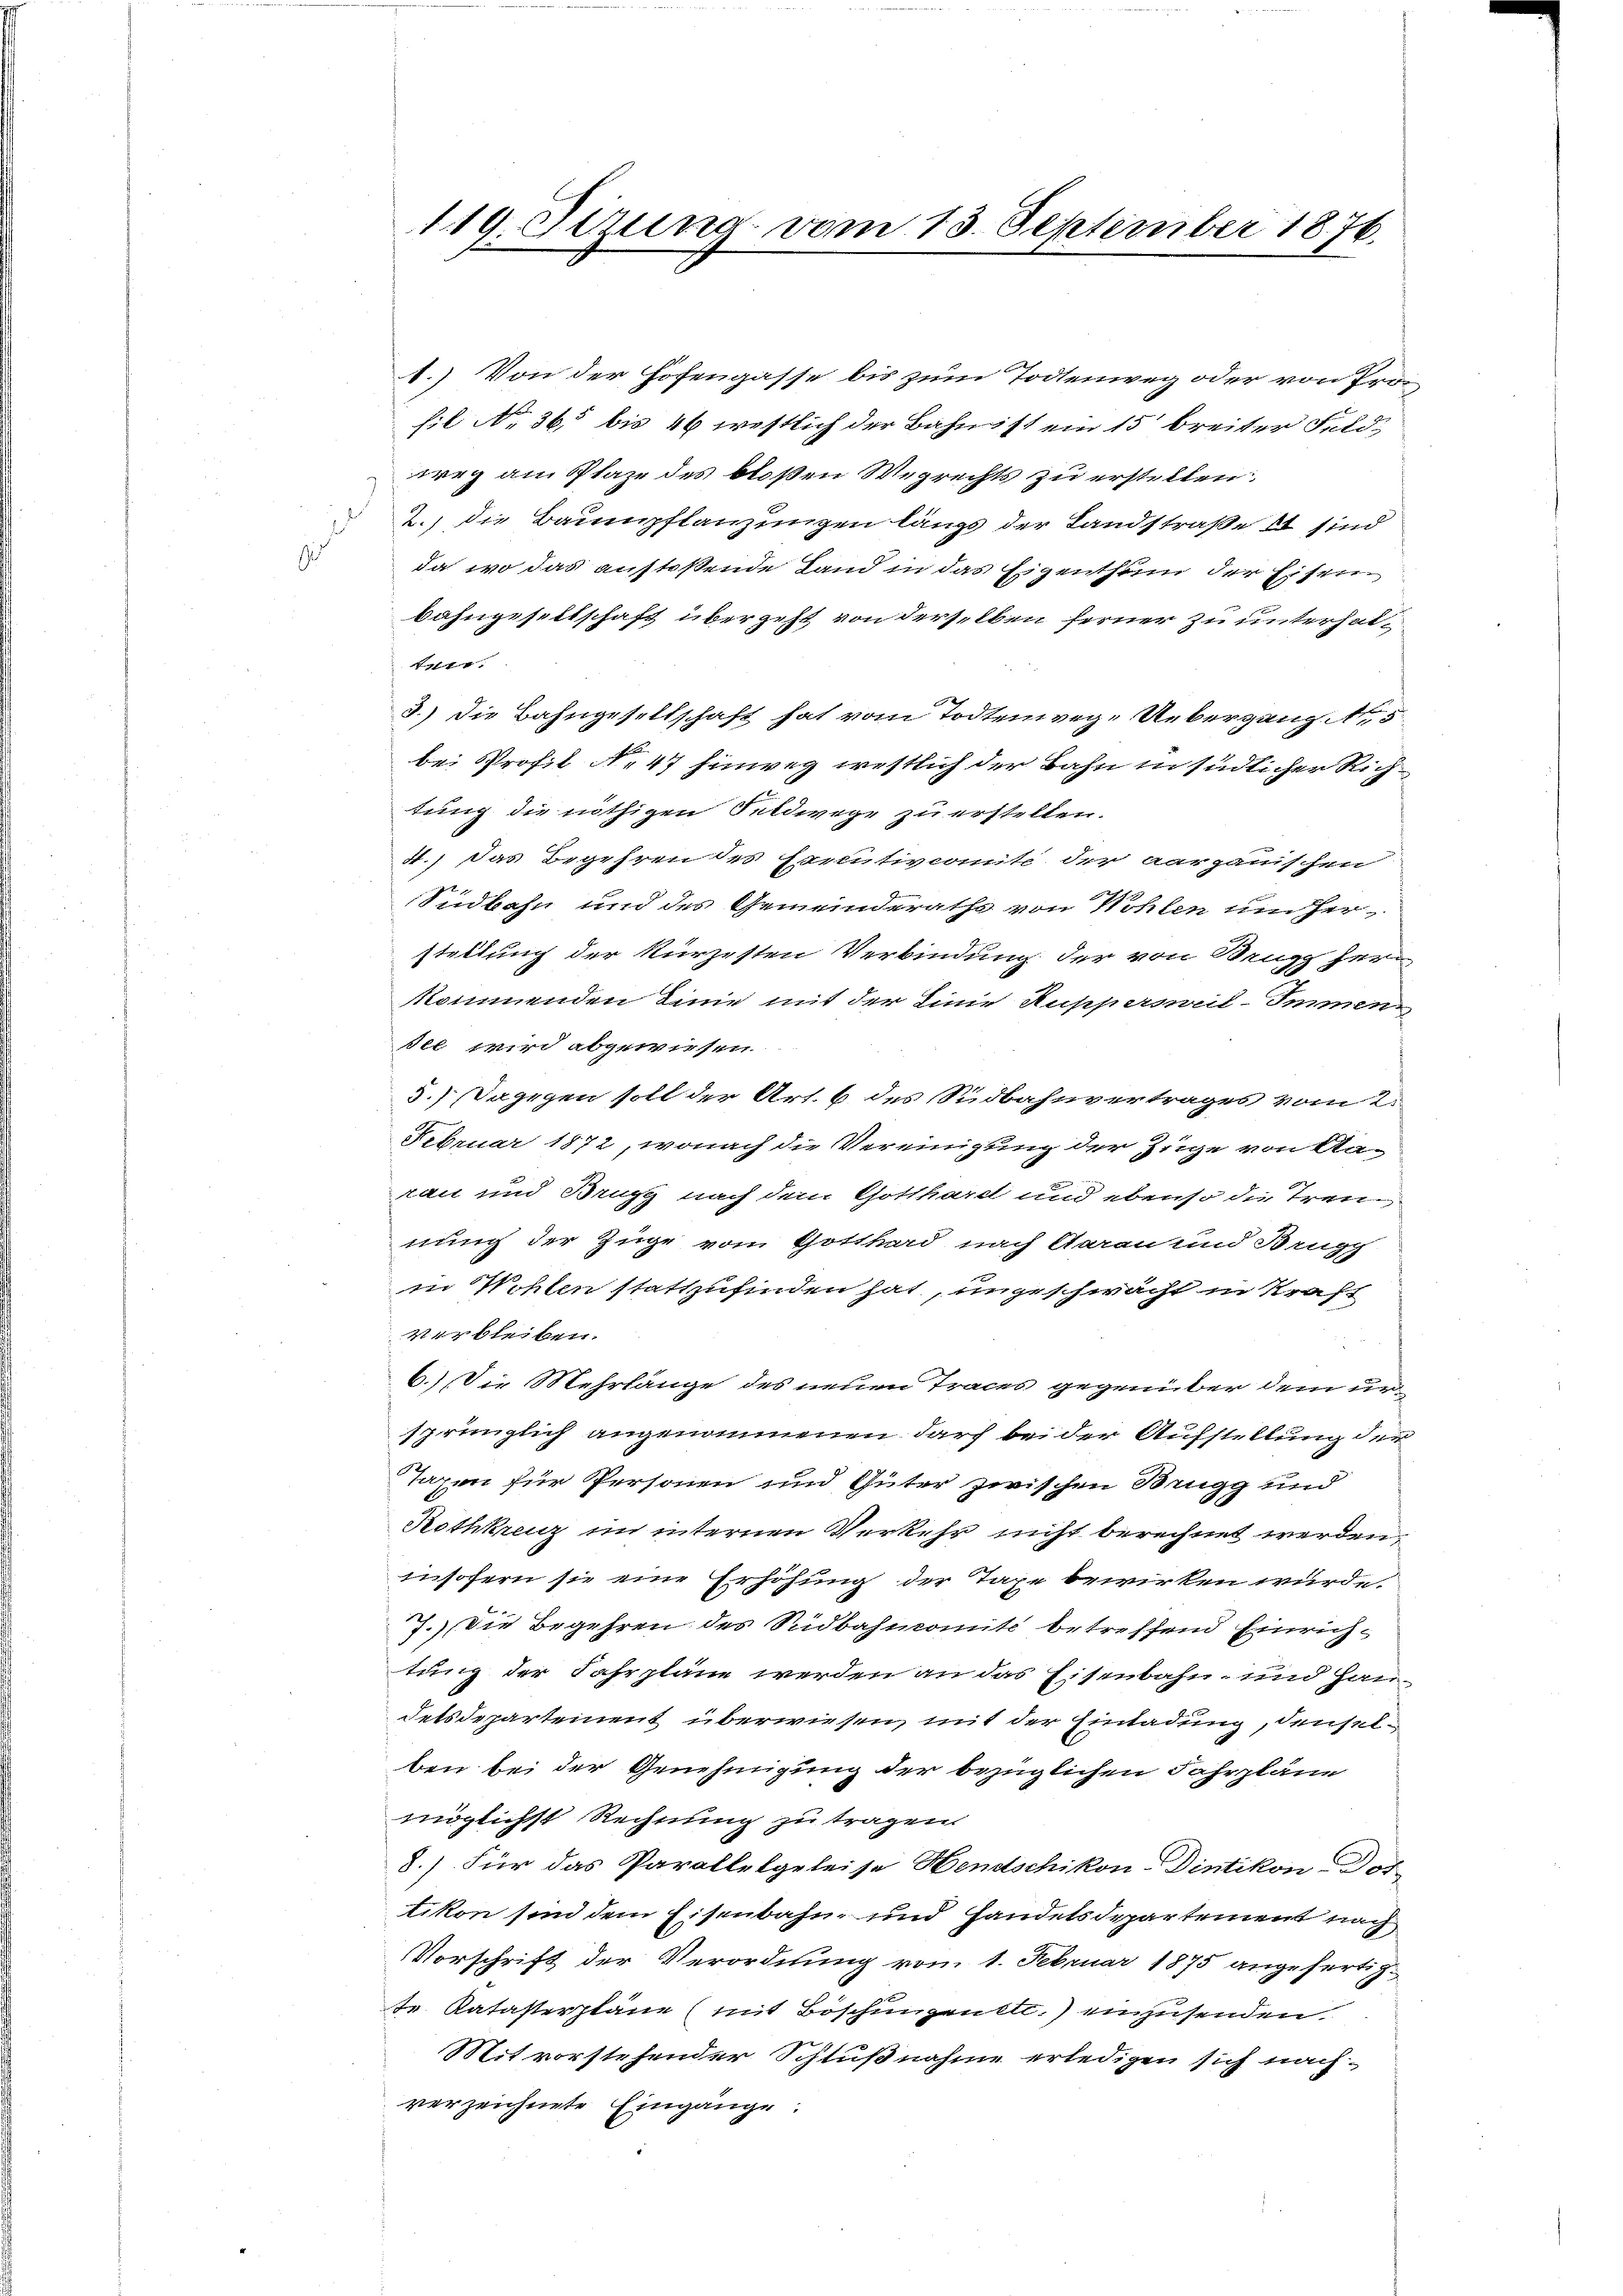
e
s

119. Sizung vom 13. September 1876.

.) Von der Hosengasse bis zum Todtenweg oder von Profil No 365 bis 46 westlich der Bahn ist ein 15 breiter Feld
weg am Plaze des bloßen Wegrechts zu erstellen:
2.) die Bauenpflanzungen längs der Landstraße et sind
da wo das anstoßende Land in das Eigenthum der Eisen
bahngeseltschaft übergeht von derselben ferner zu unterhal¬
114.
3.) Die Bahngesellschaft hat vom Todtenweg. Uebergang 5
bei Profil No 47 hinweg westlich der Bahn in südlicher Richtung die nöthigen Feldwege zu erstellen.
4.) Das Begehren des Ermutivcomite der aargauischen
Südbahn und des Gemeinderathe von Wohlen um her-
stellung der kürzesten Verbindung der von Beugg herkommenden Linie mit der Linie Ruppersweil-Immen
del wird abgewiesen
5.) Dagegen soll der Art. 6 des Südbahnvertrages vom 2.
Februar 1872, wonach die Vereinigung der Züge von Aaran und Brugg nach dem Gotthardt und ebenso die Trennung der Züge vom Gotthard nach Aarau und Brugg
in Wohlen stattzufinden hat, ungeschwacht in Kraft
verbleiben.
6.) Die Mehrlänge des neuen Traces gegenüber dem ursprünglich angenommenen darf bei der Aufstellung der
Taxen für Personen und Güter zwischen Brugg und
Rothkreuz im internen Verkehr nicht berechnet werden.
insofern sie eine Erhöhung der Taxe bewirken würde.
7.) Die Begehren des Südbahnkomite betreffend Einrichtung der Fahrpläne werden an das Eisenbahn- und Haudetsdepartement überwiesen, mit der Einladung, denselben bei der Genehmigung der bezüglichen Fahrpläne
möglichst Rechnung zu tragen.
8.) Für das Parallelgeleise Hendschikon-Dintikon Dor
tikon sind dem Eisenbahn und Handelsdepartement nach
Vorschrift der Verordnung vom 1. Februar 1875 angefertigtr Katasterpläne (mit Böschungenett. einzusenden.
Mitvorstehender Schlußnahme erledigen sich nachverzeichnete Eingänge.